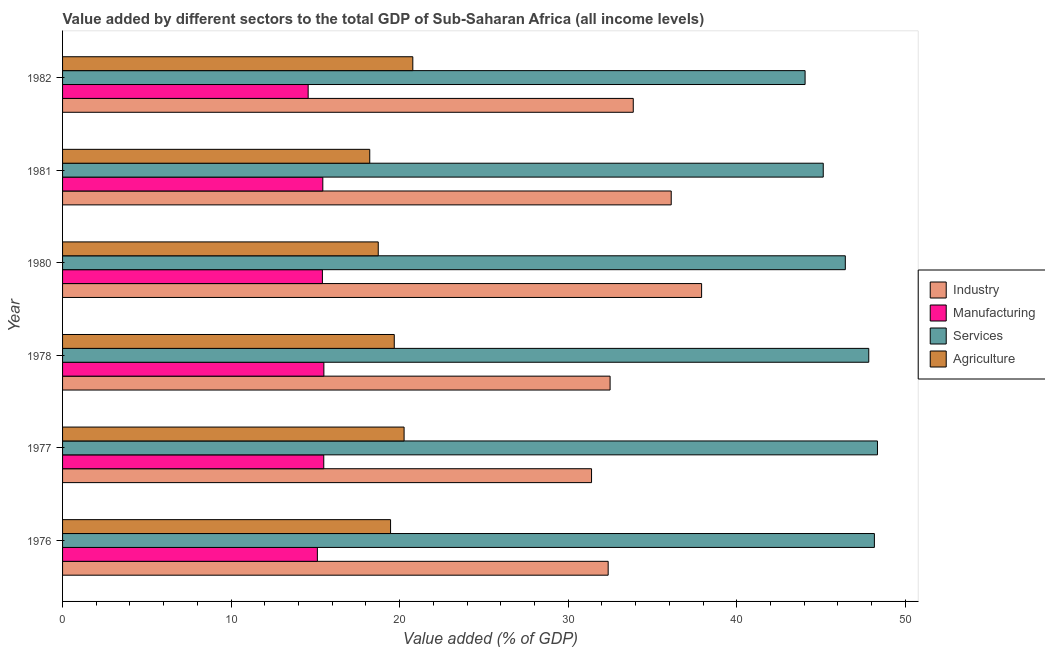
| Year | Industry | Manufacturing | Services | Agriculture |
 | --- | --- | --- | --- | --- |
 | 1976 | 32.4 | 15.1 | 48.2 | 19.5 |
 | 1977 | 31.4 | 15.5 | 48.3 | 20.3 |
 | 1978 | 32.5 | 15.5 | 47.8 | 19.7 |
 | 1980 | 37.9 | 15.4 | 46.4 | 18.7 |
 | 1981 | 36.1 | 15.4 | 45.1 | 18.2 |
 | 1982 | 33.9 | 14.6 | 44.1 | 20.8 |